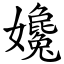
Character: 㜶